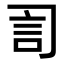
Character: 𧥝